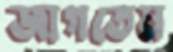
জাগতেম